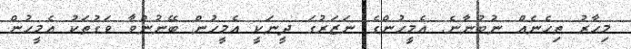
މިހާރު ތިހެނެއް ނުބުނާނެ. އެމީހުންގެ ނަޒަރުގަ ދީނަކީ އެމީހުން ބޭނުންވާ ވަގުތަކު އެމީހުން